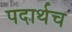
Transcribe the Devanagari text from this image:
पदार्थच